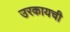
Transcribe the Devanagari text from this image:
उरकायची